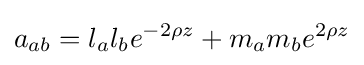
a_{ab}=l_{a}l_{b}e^{-2\rho z}+m_{a}m_{b}e^{2\rho z}